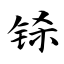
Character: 铩